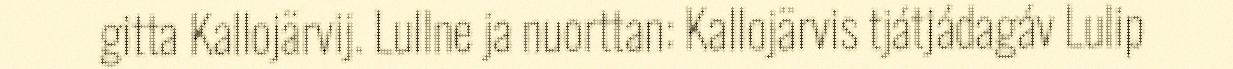
gitta Kallojärvij. Lullne ja nuorttan: Kallojärvis tjátjádagáv Lulip